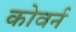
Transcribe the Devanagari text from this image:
कोवर्न